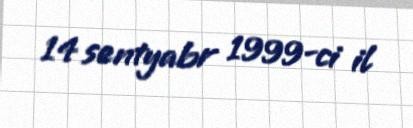
14 sentyabr 1999-ci il